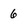
Character: 6